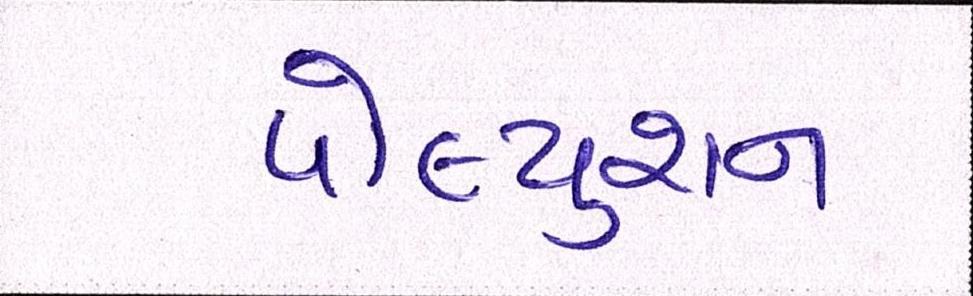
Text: પોલ્યુશન